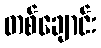
တစ်ချောင်း